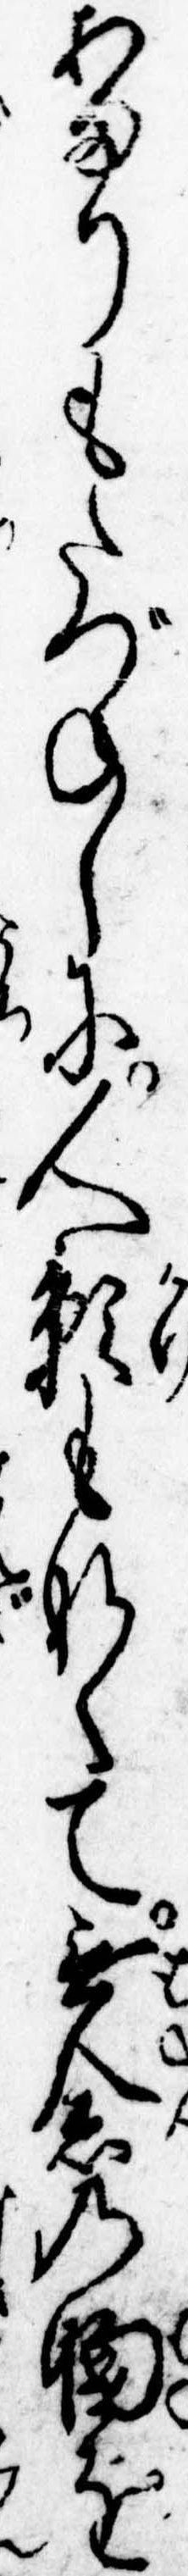
あまりもたづねしに人影もなくて無念の胸を